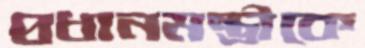
প্রধানমন্ত্রীকে